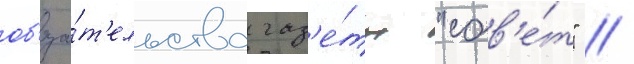
об'яза́т'ельства газ'е́ты "сов'е́т" //